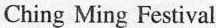
Chig Ming Festival